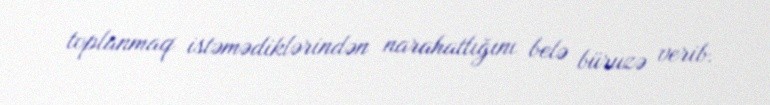
toplanmaq istəmədiklərindən narahatlığını belə büruzə verib.